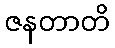
ဇနတာတိ